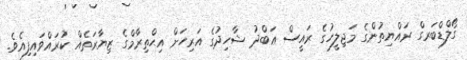
ގޯލްޑްބަރގް ރައްޔިތުންގެ މަޖިލީހުގެ ރައީސް ޢަބްދު ޝާހިދުގެ އަރިހަށް އިޙްތިރާމްގެ ޒިޔާރަތެއް ކުރައްވައިފިއެވެ.